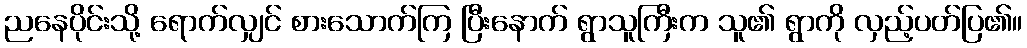
ညနေပိုင်းသို့ ရောက်လျှင် စားသောက်ကြ ပြီးနောက် ရွာသူကြီးက သူ၏ ရွာကို လှည့်ပတ်ပြ၏။